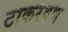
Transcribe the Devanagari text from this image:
टाकरवण